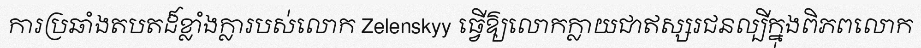
ការប្រឆាំងតបតដ៏ខ្លាំងក្លារបស់លោក Zelenskyy ធ្វើឱ្យលោកក្លាយជាឥស្សរជនល្បីក្នុងពិភពលោក